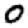
Digit: 0